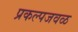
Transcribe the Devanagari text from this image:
प्रकल्पजवळ